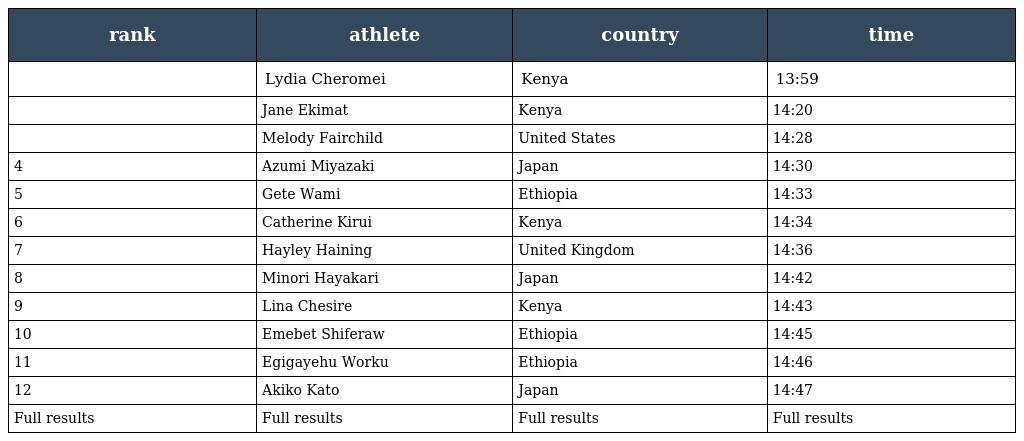
| rank | athlete | country | time |
 | --- | --- | --- | --- |
 |  | Lydia Cheromei | Kenya | 13:59 |
 |  | Jane Ekimat | Kenya | 14:20 |
 |  | Melody Fairchild | United States | 14:28 |
 | 4 | Azumi Miyazaki | Japan | 14:30 |
 | 5 | Gete Wami | Ethiopia | 14:33 |
 | 6 | Catherine Kirui | Kenya | 14:34 |
 | 7 | Hayley Haining | United Kingdom | 14:36 |
 | 8 | Minori Hayakari | Japan | 14:42 |
 | 9 | Lina Chesire | Kenya | 14:43 |
 | 10 | Emebet Shiferaw | Ethiopia | 14:45 |
 | 11 | Egigayehu Worku | Ethiopia | 14:46 |
 | 12 | Akiko Kato | Japan | 14:47 |
 | Full results | Full results | Full results | Full results |